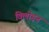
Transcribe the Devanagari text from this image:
विलोड़न